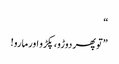
“
”تو پھر دوڑو، پکڑو اورمارو!